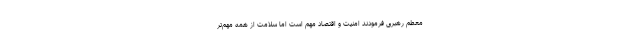
معطم رهبری فرمودند امنیت و اقتصاد مهم است اما سلامت از همه مهم‌تر